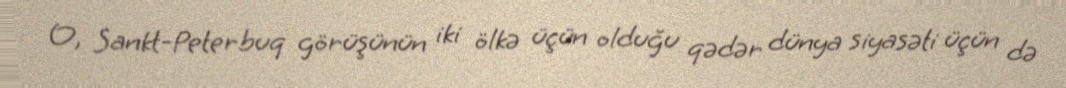
O, Sankt-Peterbuq görüşünün iki ölkə üçün olduğu qədər dünya siyasəti üçün də